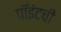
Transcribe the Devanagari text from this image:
पॉइंटची